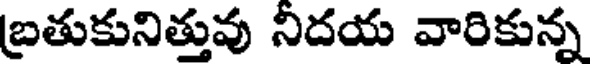
బ్రతుకునిత్తువు నిదయ వారికున్న